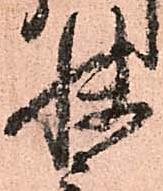
快